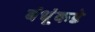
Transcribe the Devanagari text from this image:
बंधूंकडे